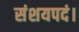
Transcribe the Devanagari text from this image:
संशयपदं।